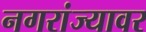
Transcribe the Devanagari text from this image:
नगरांज्यावर